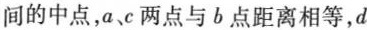
间的中点，a、c两点与b点距离相等，d